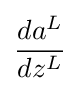
{\frac {da^{L}}{dz^{L}}}